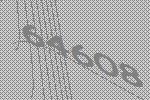
64608